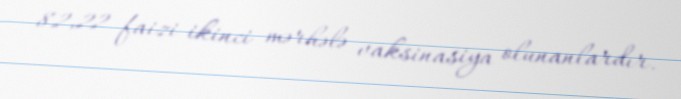
82,22 faizi ikinci mərhələ vaksinasiya olunanlardır.